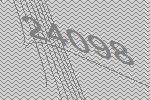
24098